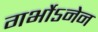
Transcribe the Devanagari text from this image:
गर्भोऽनेन